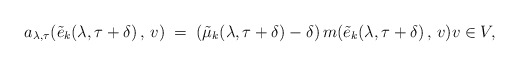
\begin{align*}a_{\lambda, \tau}(\tilde{e}_k(\lambda, \tau+\delta)\, , \, v) \; =\; (\tilde{\mu}_k(\lambda, \tau + \delta) - \delta)\, m(\tilde{e}_k(\lambda, \tau + \delta)\, , \, v) v\in V,\end{align*}